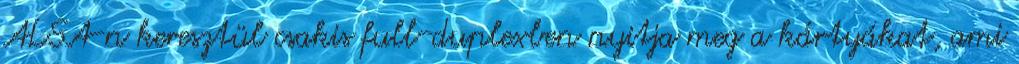
ALSA-n keresztül csakis full-duplexben nyitja meg a kártyákat, ami